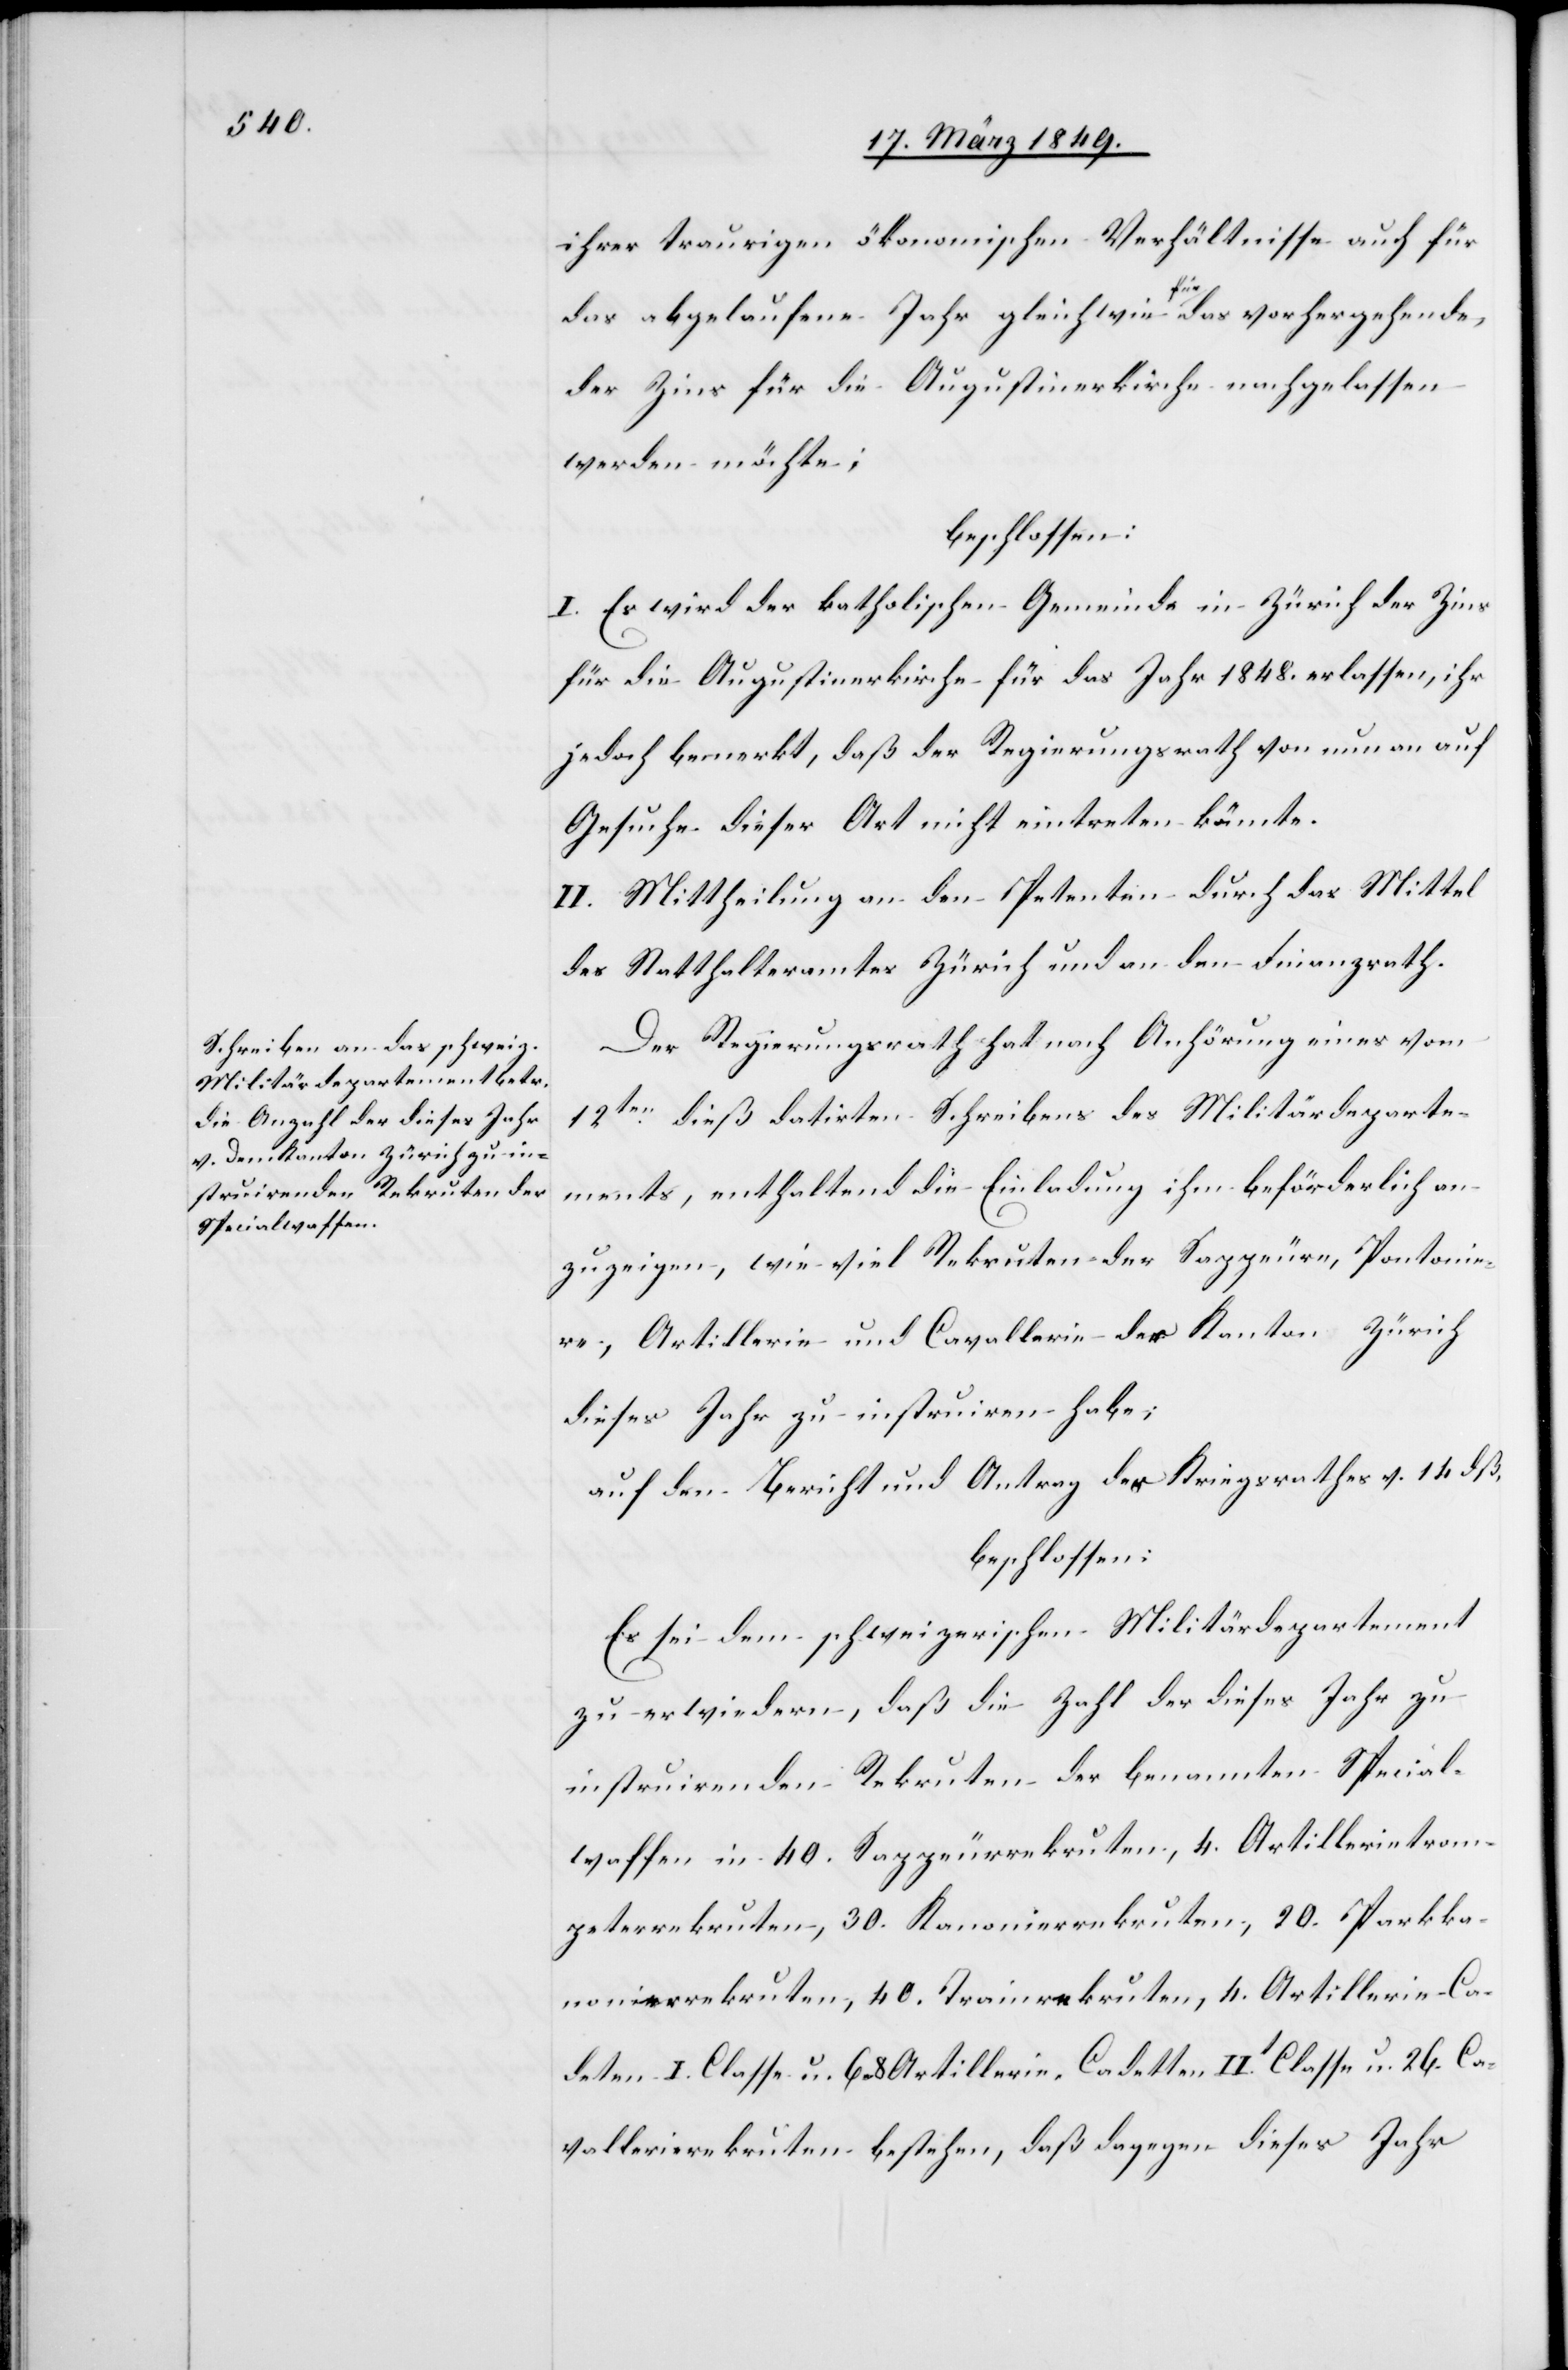
ihrer traurigen ökonomischen Verhältnisse auch für
das abgelaufene Jahr gleichwie für das vorhergehende,
der Zins für die Augustinerkirche nachgelassen
werden möchte;
beschlossen:
I. Es wird der katholischen Gemeinde in Zürich der Zins
für die Augustinerkirche für das Jahr 1848. erlassen, ihr
jedoch bemerkt, daß der Regierungsrath von nun an auf
Gesuche dieser Art nicht eintreten könnte.
II. Mittheilung an den Petenten durch das Mittel
des Statthalteramtes Zürich und an den Finanzrath.
Der Regierungsrath hat nach Anhörung eines vom
12ten. dieß datirten Schreibens des Militärdeparte¬
ments, enthaltend die Einladung ihm beförderlich an¬
zuzeigen, wie viel Rekruten der Sappeure, Pontonie¬
re, Artillerie und Cavallerie der Kanton Zürich
dieses Jahr zu instruiren habe;
auf den Bericht und Antrag des Kriegsrathes v. 14 dß,
beschlossen:
Es sei dem schweizerischen Militärdepartement
zu erwiedern, daß die Zahl der dieses Jahr zu
instruirenden Rekruten der benannten Special¬
waffen in 40. Sappeurrekruten, 4. Artillerietrom¬
peterrekruten, 30. Kanonierrekruten, 20. Parkka¬
nonierrekruten, 40. Trainrekruten, 4. Artillerie-Ca¬
deten I. Classe u. 6–8 Artillerie-Cadetten IIt. Classe u. 26. Ca¬
vallerierekruten bestehen, daß dagegen dieses Jahr